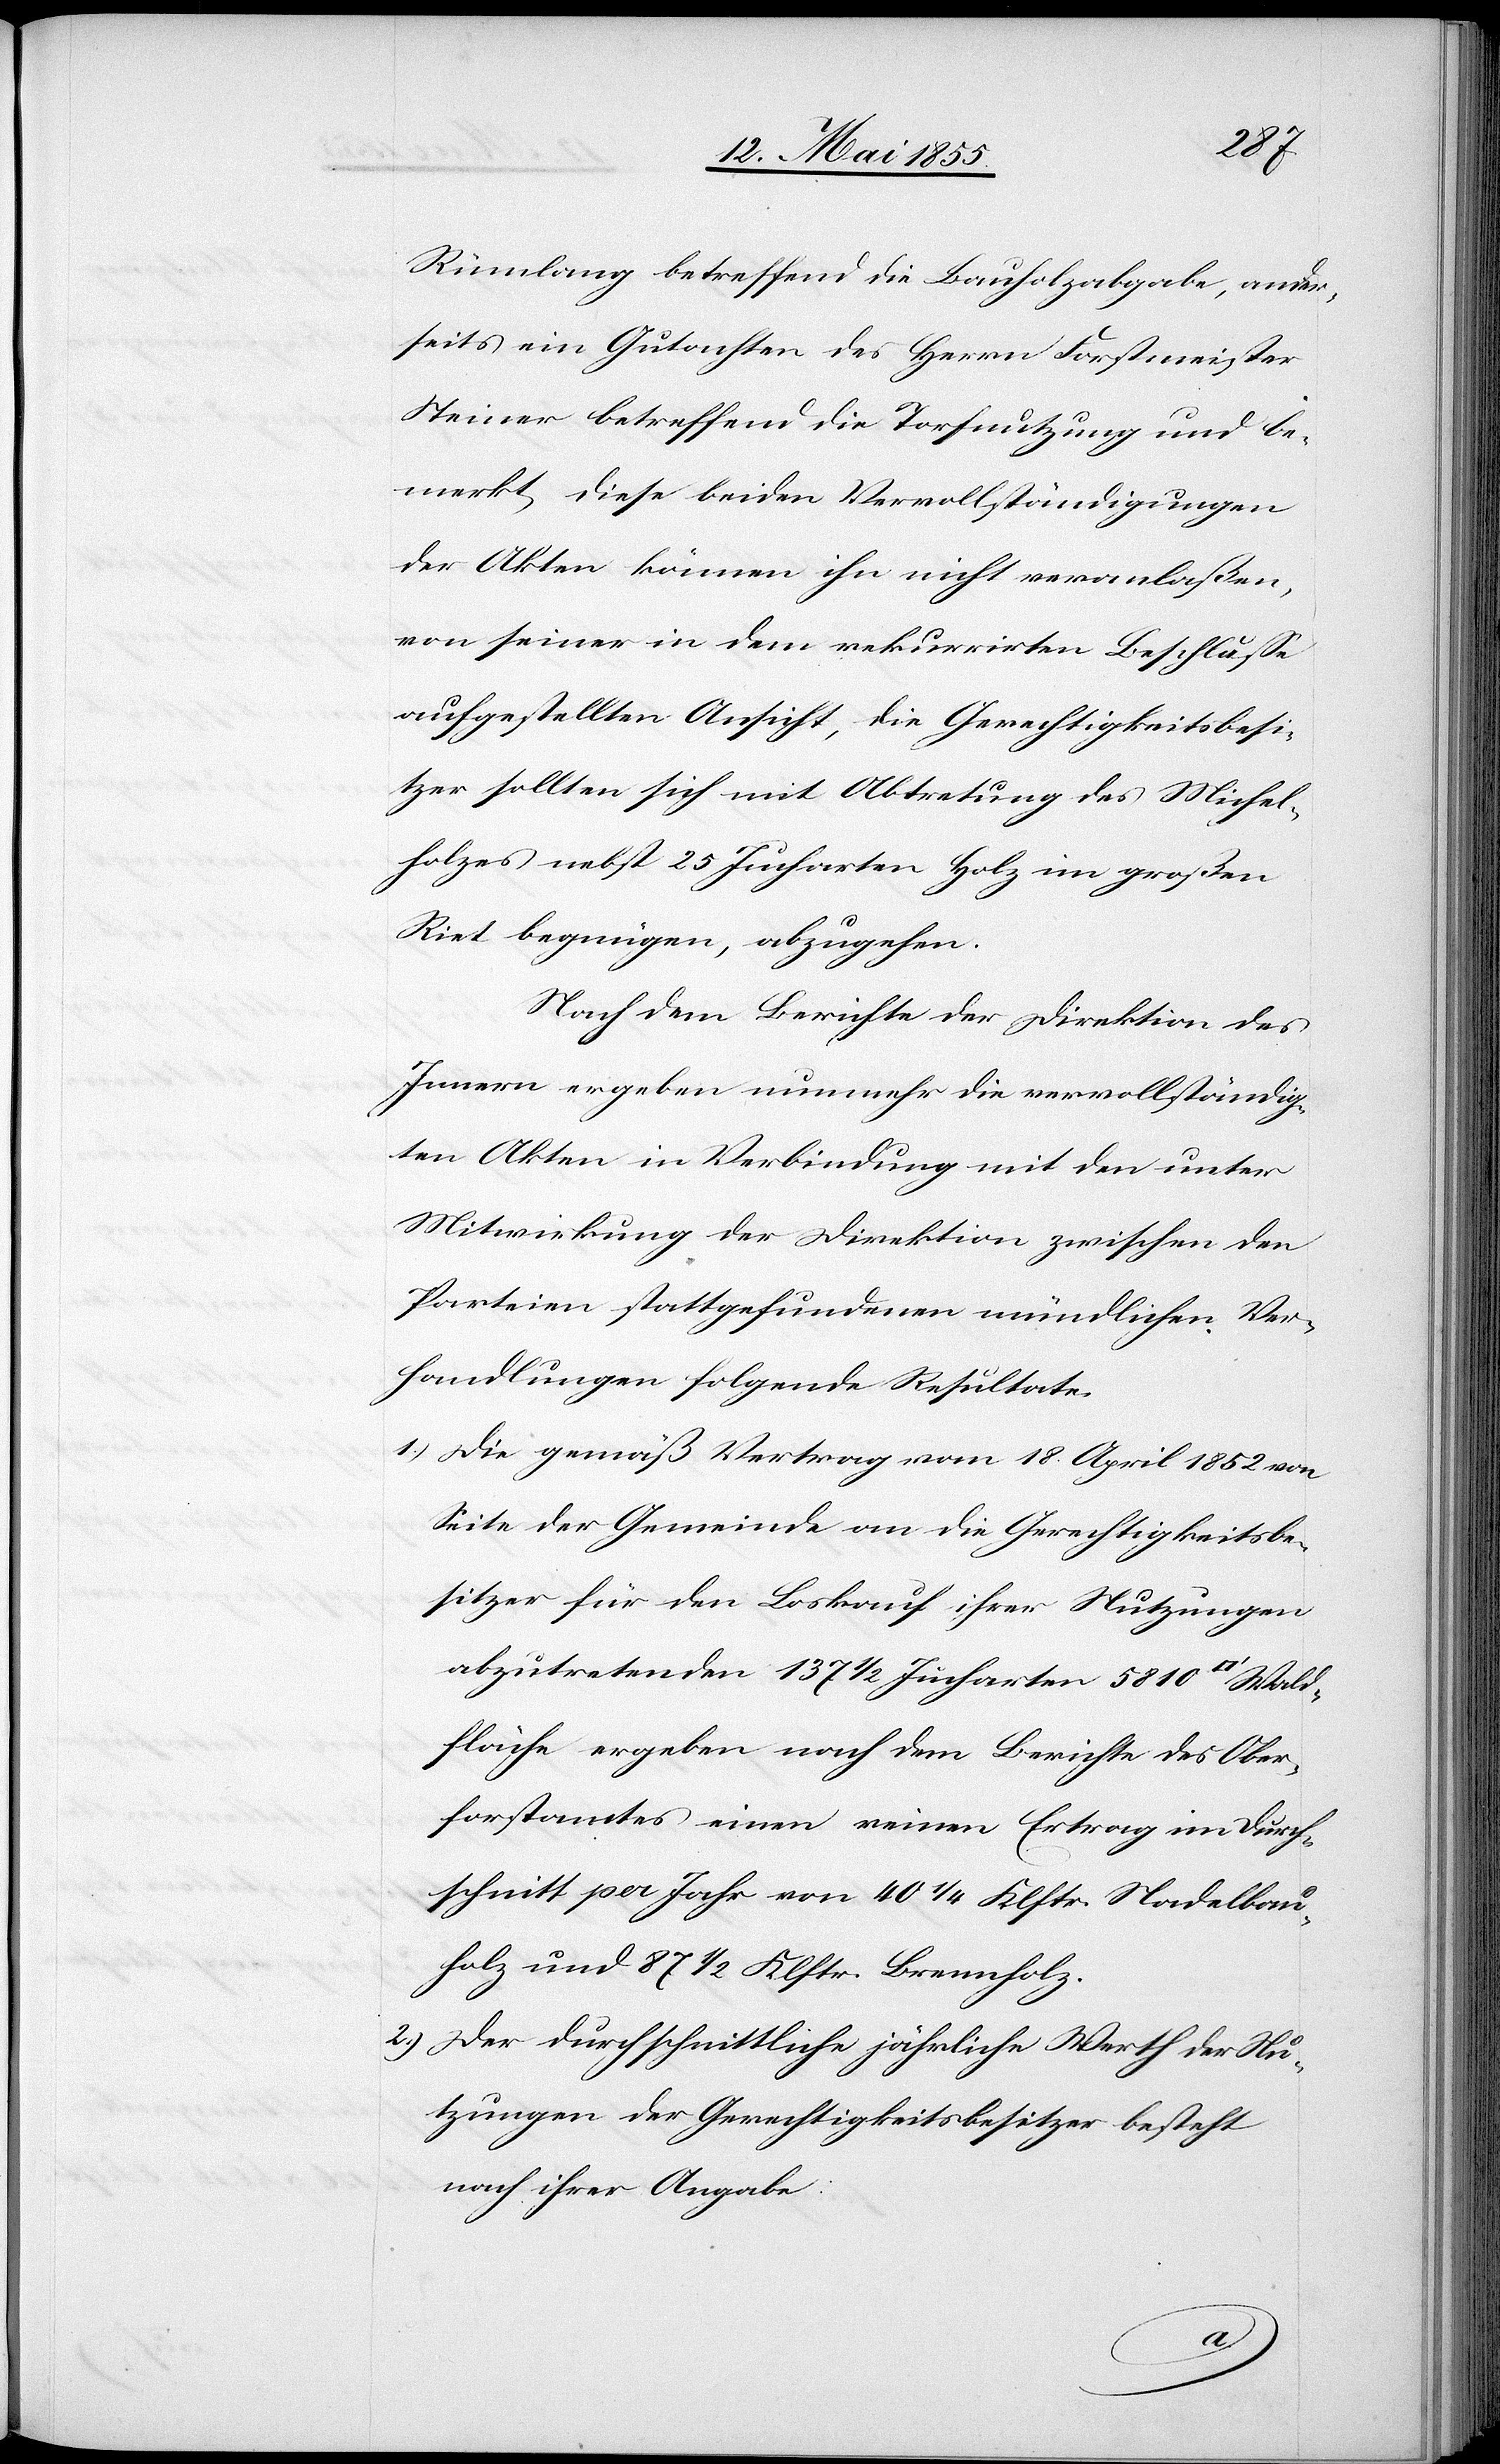
Wald¬
Rümlang betreffend die Bauholzabgabe, ander¬
seits ein Gutachten des Herrn Forstmeister
Steiner betreffend die Torfnutzung und be¬
merkt, diese beiden Vervollständigungen
der Akten können ihn nicht veranlaßen,
von seiner in dem rekurrirten Beschlusse
aufgestellten Ansicht, die Gerechtigkeitsbesi¬
tzer sollten sich mit Abtretung des Michel¬
holzes nebst 25 Jucharten Holz im großen
Riet begnügen, abzugehen.
Nach dem Berichte der Direktion des
Innern ergeben nunmehr die vervollständig¬
ten Akten in Verbindung mit den unter
Mitwirkung der Direktion zwischen den
Parteien stattgefundenen mündlichen Ver¬
handlungen folgende Resultate.
Die gemäß Vertrag vom 18. April 1852 von
Seite der Gemeinde an die Gerechtigkeitsbe¬
sitzer für den Loskauf ihrer Nutzungen
abzutretenden 137 1/2 Jucharten 5810 [Quadratf¬
fläche ergeben nach dem Berichte des Ober¬
forstamtes einen reinen Ertrag im Durch¬
schnitt per Jahr von 40 1/4 Klftr. Nadelbau¬
holz und 87 1/2 Klftr. Brennholz.
Der durchschnittliche jährliche Werth der Nu¬
tzungen der Gerechtigkeitsbesitzer besteht
nach ihrer Angabe
2.)